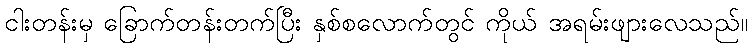
ငါးတန်းမှ ခြောက်တန်းတက်ပြီး နှစ်စလောက်တွင် ကိုယ် အရမ်းဖျားလေသည်။